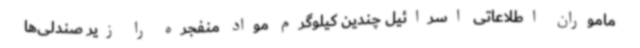
ماموران اطلاعاتی اسرائیل چندین کیلوگرم مواد منفجره را زیر صندلی‌ها